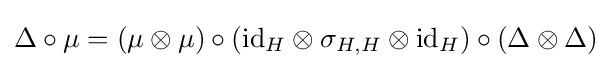
\Delta \circ \mu =(\mu \otimes \mu )\circ (\mathrm {id} _{H}\otimes \sigma _{H,H}\otimes \mathrm {id} _{H})\circ (\Delta \otimes \Delta )